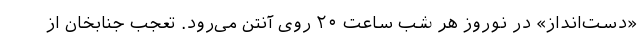
«دست‌انداز» در نوروز هر شب ساعت ۲۰ روی آنتن می‌رود. تعجب جنابخان از